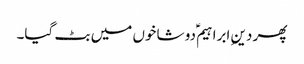
پھر دینِ ابراہیم ؑدو شاخوں میں بٹ گیا۔